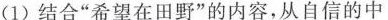
(1)结合“希望在田野”的内容，从自信的中